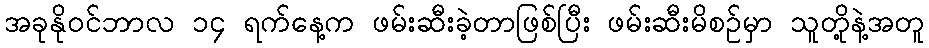
အခုနိုဝင်ဘာလ ၁၄ ရက်နေ့က ဖမ်းဆီးခဲ့တာဖြစ်ပြီး ဖမ်းဆီးမိစဉ်မှာ သူတို့နဲ့အတူ